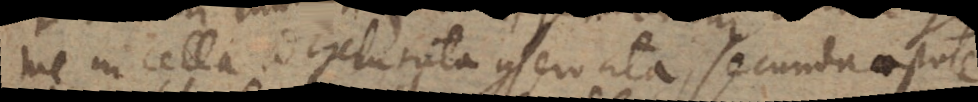
me in cella a gelu tuta conservata, secunda aestate